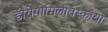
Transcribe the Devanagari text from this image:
डोरोगोमिलोवस्काया